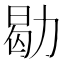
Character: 㔠